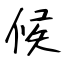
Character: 候